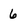
Character: 6